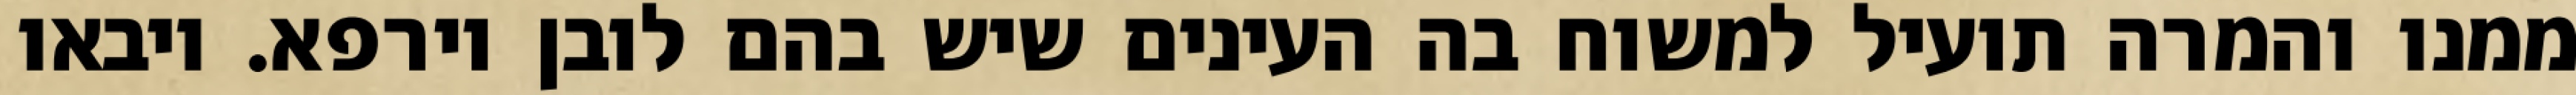
ממנו והמרה תועיל למשוח בה העינים שיש בהם לובן וירפא. ויבאו